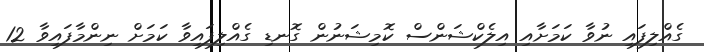
ގެއްލިފައި ނުވާ ކަމަށާއި އިލެކްޝަންސް ކޮމިޝަނުން ގޮނޑި ގެއްލިފައިވާ ކަމަށް ނިންމާފައިވާ 12